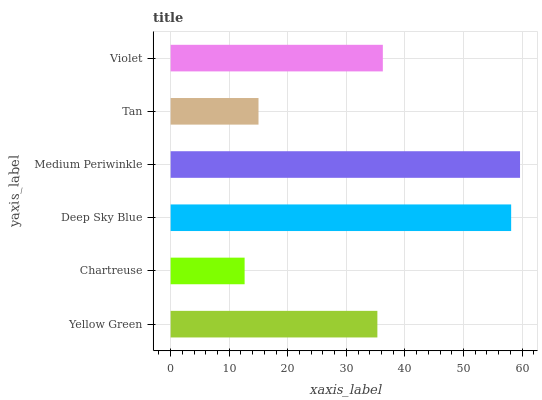
| yaxis_label | bars |
 | --- | --- |
 | Yellow Green | 35.3 |
 | Chartreuse | 12.6 |
 | Deep Sky Blue | 58.1 |
 | Medium Periwinkle | 59.7 |
 | Tan | 15 |
 | Violet | 36.2 |